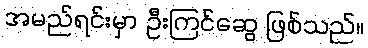
အမည်ရင်းမှာ ဦးကြင်ဆွေ ဖြစ်သည်။